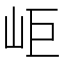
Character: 岠